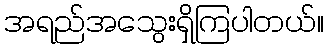
အရည်အသွေးရှိကြပါတယ်။